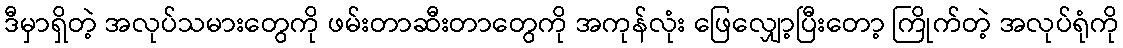
ဒီမှာရှိတဲ့ အလုပ်သမားတွေကို ဖမ်းတာဆီးတာတွေကို အကုန်လုံး ဖြေလျှော့ပြီးတော့ ကြိုက်တဲ့ အလုပ်ရုံကို